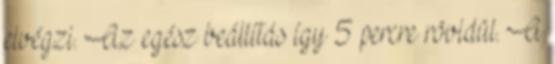
elvégzi. Az egész beállítás így 5 percre rövidül. A